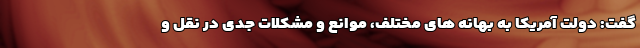
گفت: دولت آمریکا به بهانه های مختلف، موانع و مشکلات جدی در نقل و